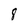
Character: 8